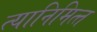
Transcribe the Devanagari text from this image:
त्‍यानिमित्‍त